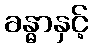
ခန္ဓာနှင့်